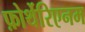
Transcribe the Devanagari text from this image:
फ़ोर्थेरिएनम